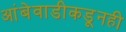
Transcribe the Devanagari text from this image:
आंबेवाडीकडूनही